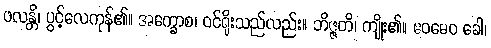
ဖလန္တိ၊ ပွင့်လေကုန်၏။ အက္ခောစ၊ ဝင်ရိုးသည်လည်း။ ဘိဇ္ဇတိ၊ ကျိုး၏။ ဧဝမေဝ ခေါ၊